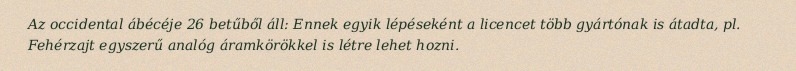
Az occidental ábécéje 26 betűből áll: Ennek egyik lépéseként a licencet több gyártónak is átadta, pl. Fehérzajt egyszerű analóg áramkörökkel is létre lehet hozni.